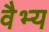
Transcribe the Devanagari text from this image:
वैभ्य